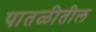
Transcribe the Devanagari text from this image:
पातळीतील